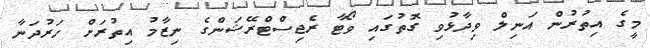
މީގެ އިތުރުން އަނިލް ވިދާޅުވި ގޮތުގައި ވޯޓާ ރެޖިސްޓްރޭޝަންގެ ނިޒާމު އިތުރަށް ހަރުދަނާ